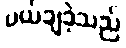
ပယ်ချခဲ့သည်